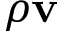
\rho \mathbf { v }